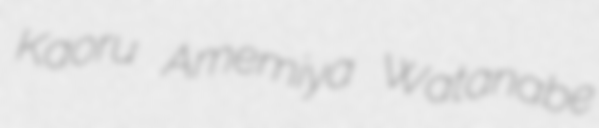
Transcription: Kaoru Amemiya Watanabe